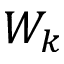
W _ { k }